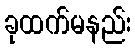
ခုထက်မနည်း